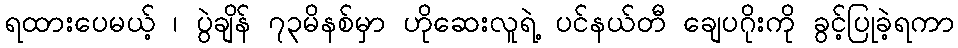
ရထားပေမယ့် ၊ ပွဲချိန် ၇၃မိနစ်မှာ ဟိုဆေးလူရဲ့ ပင်နယ်တီ ချေပဂိုးကို ခွင့်ပြုခဲ့ရကာ